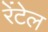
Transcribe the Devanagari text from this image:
रेंटेल